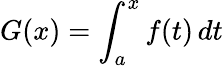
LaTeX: G(x)=\int_{a}^{x}f(t)\, dt